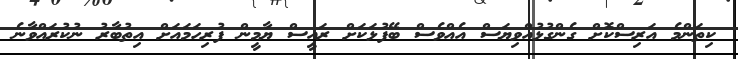
ކިތަންމެ އަރިސްކޮށް ގެންގުޅުއްވިޔަސް އެއްވެސް ބޭފުޅަކަށް ރައީސް ޔާމީން ފުރިހަމައަށް އިތުބާރު ނުކުރައްވާނެ